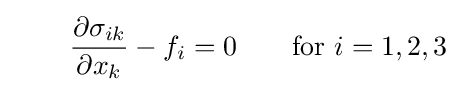
\qquad {\frac {\partial \sigma _{ik}}{\partial x_{k}}}-f_{i}=0\qquad {\text{for }}i=1,2,3